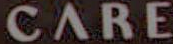
CARE